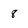
Character: 8